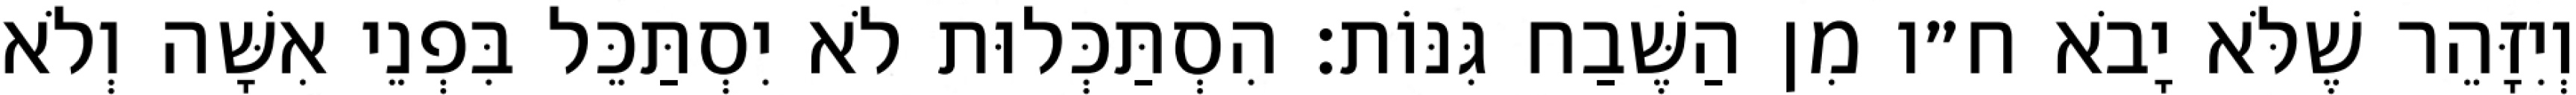
וְיִזָּהֵר שֶׁלֹּא יָבֹא ח״ו מִן הַשֶּׁבַח גִּנּוֹת: הִסְתַּכְּלוּת לֹא יִסְתַּכֵּל בִּפְנֵי אִשָּׁה וְלֹא